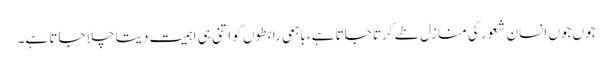
جوں جوں انسان شعور کی منازل طے کرتا جاتا ہے، باہمی رابطوں کو اتنی ہی اہمیت دیتا چلا جاتا ہے۔